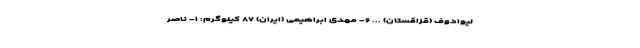
لیوادوف (قزاقستان) ... ۶- مهدی ابراهیمی (ایران) ۸۷ کیلوگرم: ۱- ناصر